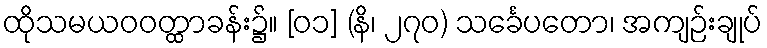
ထိုသမယဝဝတ္ထာခန်း၌။ [၀၁] (နိ၊ ၂၇၀) သင်္ခေပတော၊ အကျဉ်းချုပ်